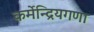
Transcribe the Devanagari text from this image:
कर्मेन्द्रियगणा